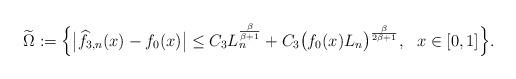
LaTeX: \begin{align*}\widetilde \Omega := \Big\{\big|\widehat f_{3,n}(x) -f_0(x)\big|\leq C_3 L_n^{\frac{\beta}{\beta+1}}+C_3 \big(f_0(x)L_n\big)^{\frac{\beta}{2\beta+1}}, \ \ x\in [0,1]\Big\}.\end{align*}